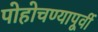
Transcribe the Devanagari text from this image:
पोहोचण्यापूर्वी